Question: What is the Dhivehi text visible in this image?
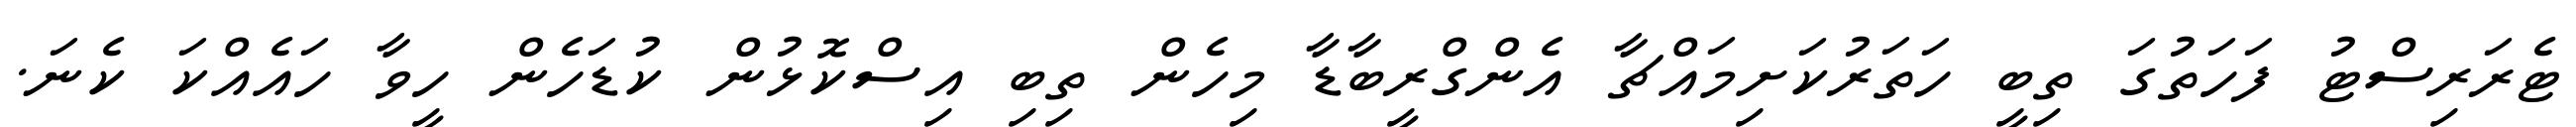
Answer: ޓެރަރިސްޓު ފަހަތުގަ ތިބީ ހަތަރުކަށިމައްޗާ އެންގްރީބާޑާ މިހެން ތިބި އިސްކޮޅުން ކުޑަހެން ހީވާ ހައެއްކަ ކެނަ.